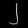
Digit: ၂